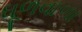
ધૂળવાળા